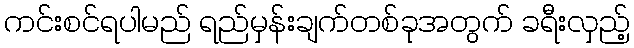
ကင်းစင်ရပါမည် ရည်မှန်းချက်တစ်ခုအတွက် ခရီးလှည့်